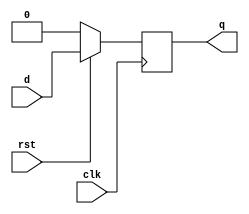
module DFF (
    input clk, rst, d,
    output q
);

    reg q;

    always @ (posedge clk)
        if (!rst)
            q <= 0;
        else
            q <= d;

endmodule